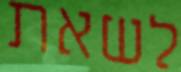
לשאת